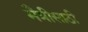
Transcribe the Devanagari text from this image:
मैत्रीसाठी